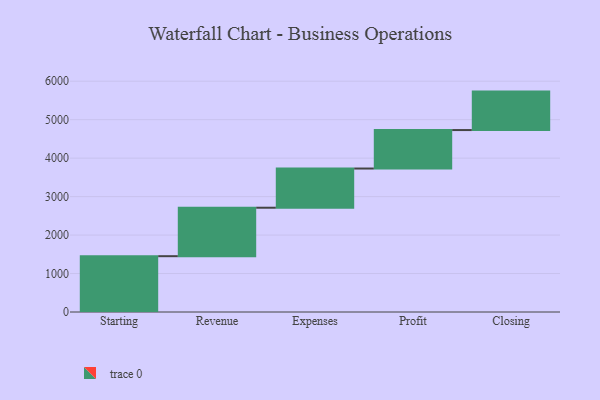
{"axis": {"x": "Step", "y": "Value"}, "legend": [""], "data": [{"x": "Starting", "y": 1451.0, "type": ""}, {"x": "Revenue", "y": 1260.0, "type": ""}, {"x": "Expenses", "y": 1019.0, "type": ""}, {"x": "Profit", "y": 1000, "type": ""}, {"x": "Closing", "y": 1000, "type": ""}]}